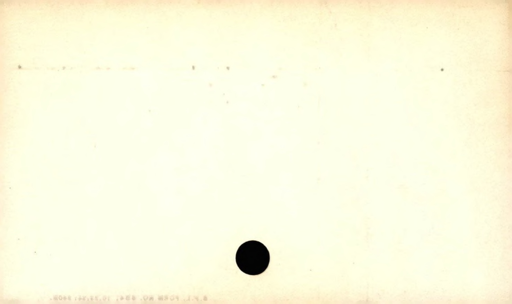
Label: blank